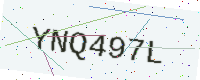
Text: YNQ497L